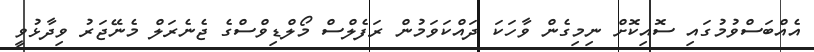
އެއްބަސްވުމުގައި ސޮއިކޮށް ނިމިގެން ވާހަކަ ދައްކަވަމުން ރަފެލްސް މޯލްޑިވްސްގެ ޖެނެރަލް މެނޭޖަރު ވިދާޅުވީ